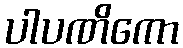
ပါပဏိကော